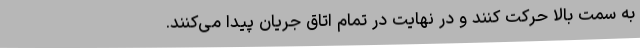
به سمت بالا حرکت کنند و در نهایت در تمام اتاق جریان پیدا می‌کنند.